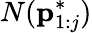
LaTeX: N(\mathbf{p}_{1:j}^{*})